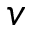
v